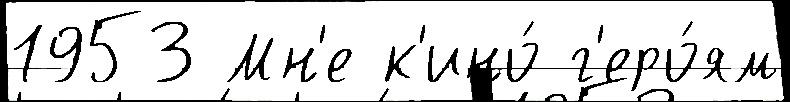
1953 Мн'е к'ино́ г'еро́ям